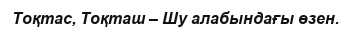
Тоқтас, Тоқташ – Шу алабындағы өзен.